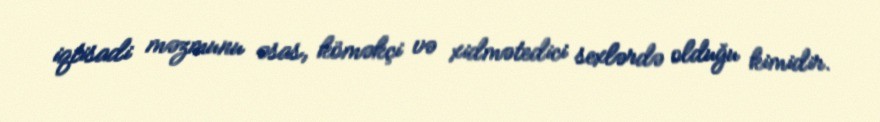
iqtisadi məzmunu əsas, köməkçi və xidmətedici sexlərdə olduğu kimidir.